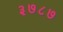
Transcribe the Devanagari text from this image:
३७८७